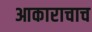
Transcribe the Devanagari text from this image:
आकाराचाच